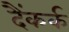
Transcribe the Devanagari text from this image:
दैंकर्क